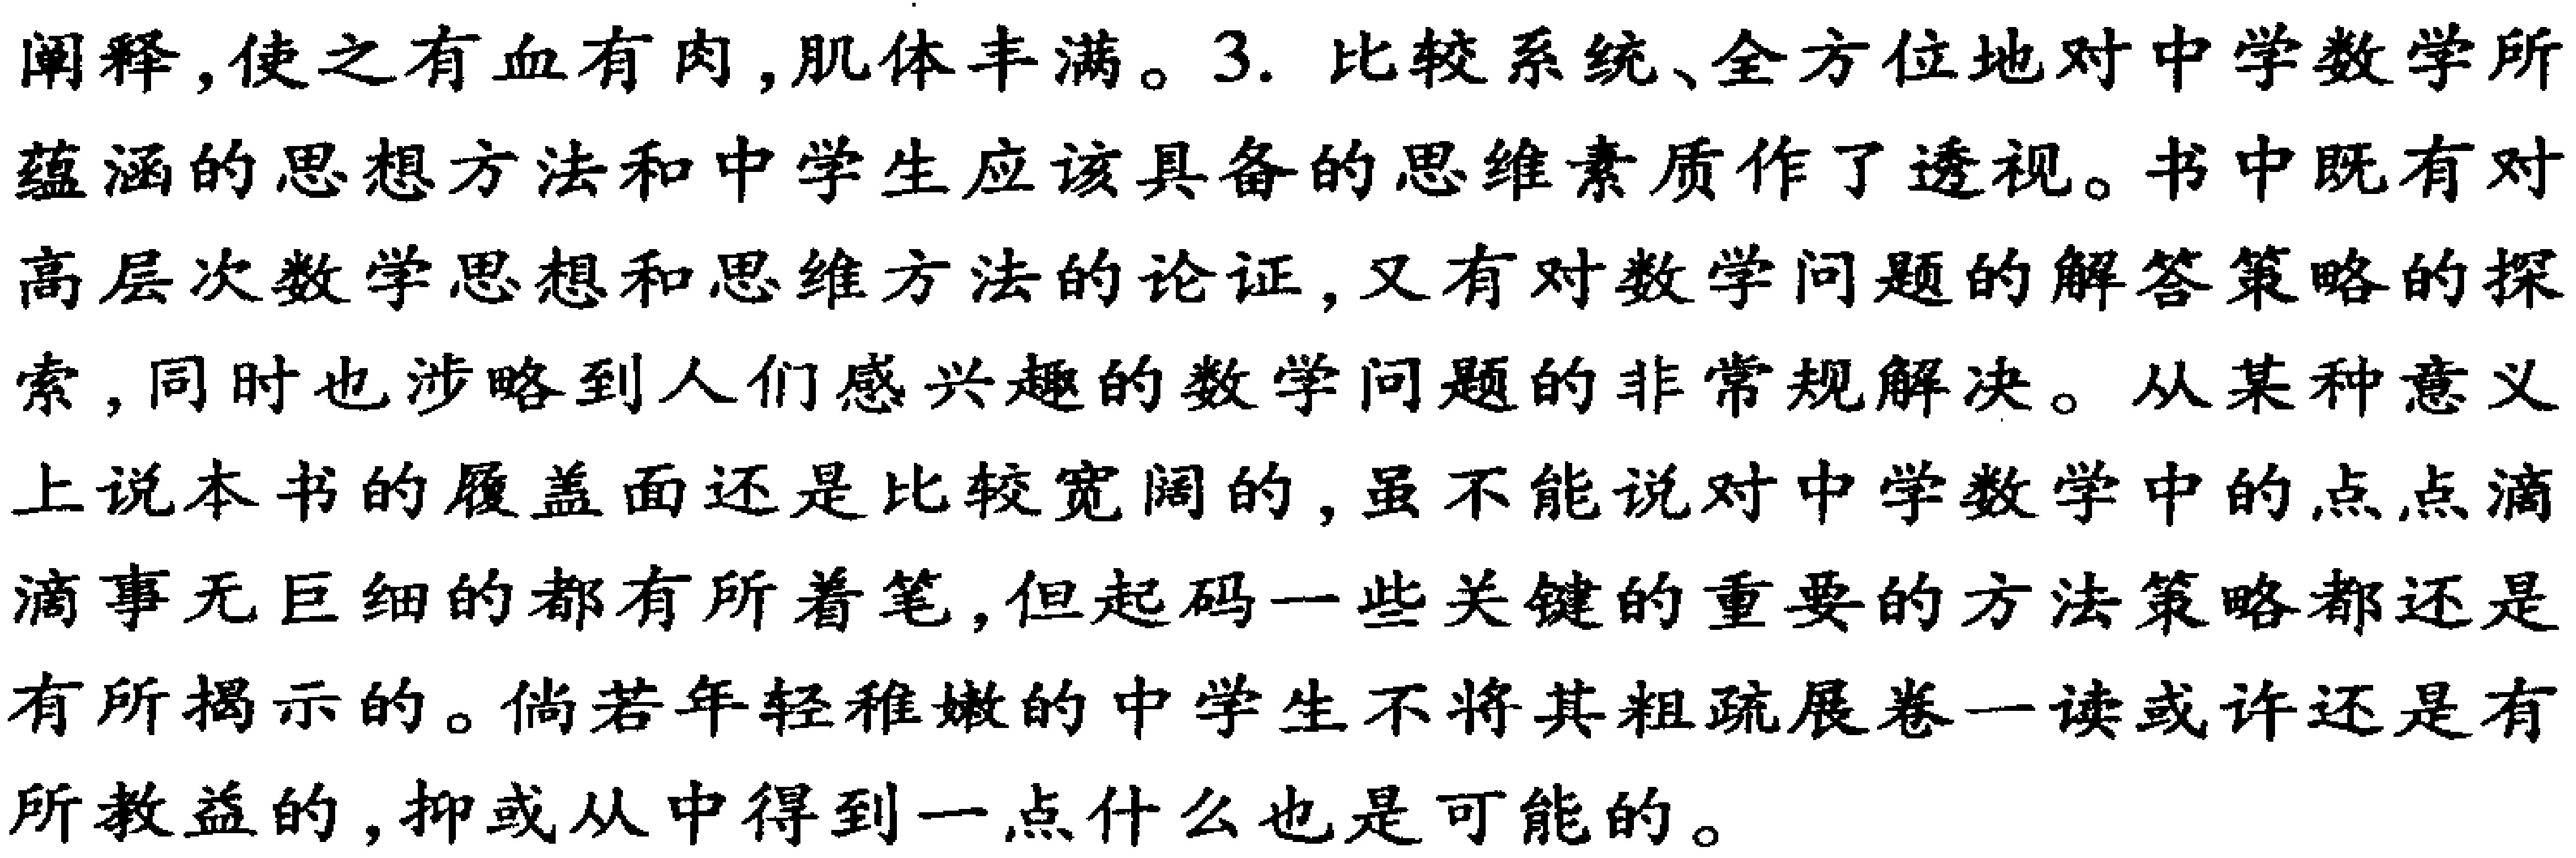
阐释，使之有血有肉，肌体丰满。3. 比较系统、全方位地对中学数学所蕴含的思想方法和中学生应该具备的思维素质作了透视。书中既有对高层次数学思想和思维方法的论证，又有对数学问题的解答策略的探索，同时也涉略到人们感兴趣的数学问题的非常规解决。从某种意义上说本书的履盖面还是比较宽阔的，虽不能说对中学数学中的点点滴滴事无巨细的都有所着笔，但起码一些关键的重要的方法策略都还是有所揭示的。倘若年轻稚嫩的中学生不将其粗疏展卷一读或许还是有所教益的，抑或从中得到一点什么也是可能的。